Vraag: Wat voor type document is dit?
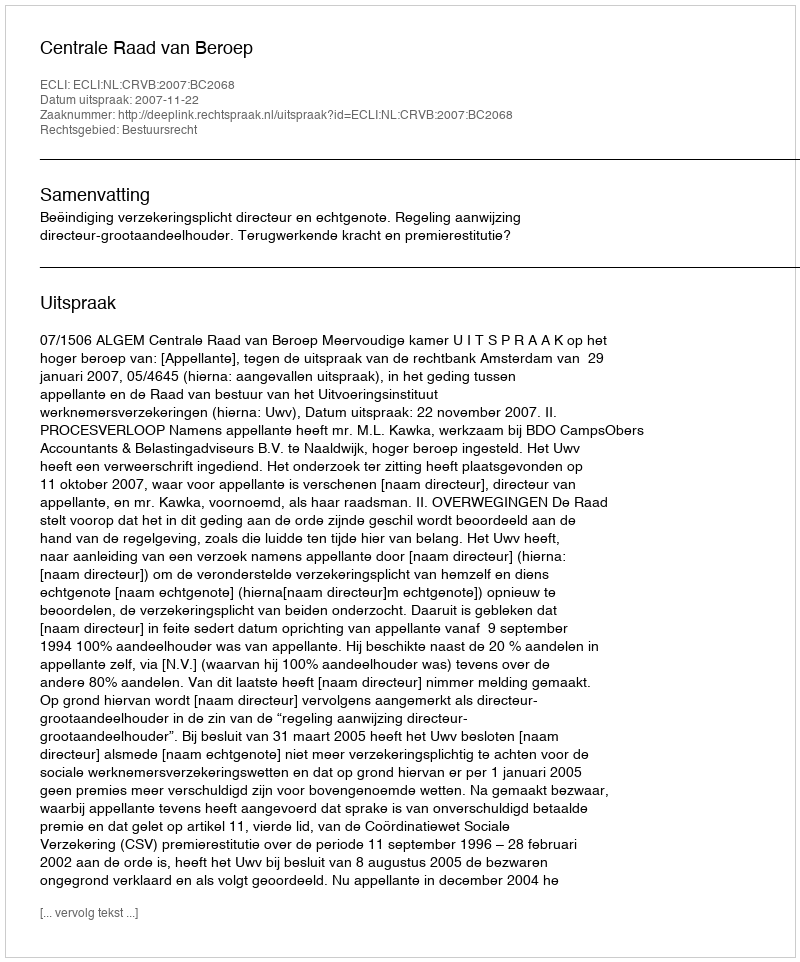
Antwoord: Uitspraak